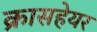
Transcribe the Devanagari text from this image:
क्रासहेयर